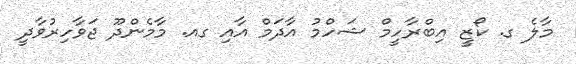
މާލެ ގ. ކޯޒީ އިބްރާހީމް ޝަހްމު އާދަމް އާއި ގއ. މާމެންދޫ ޖަވާހިރުވާދީ